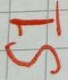
Text: S1